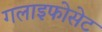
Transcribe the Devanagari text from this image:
गलाइफोसेट